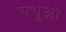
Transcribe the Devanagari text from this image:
सधुओ